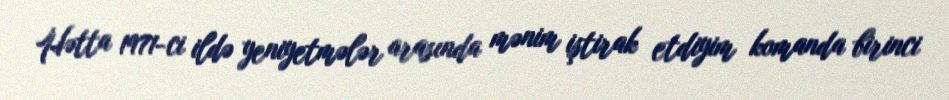
Hətta 1971-ci ildə yeniyetmələr arasında mənim iştirak etdiyim komanda birinci